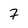
Character: 7